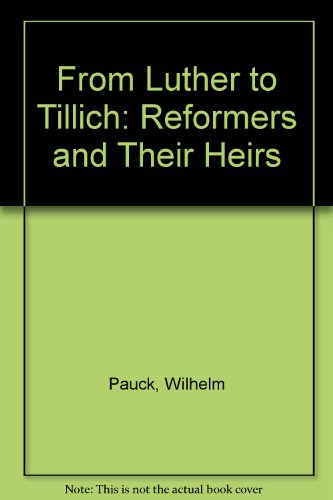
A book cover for From Luther to Tillich: The Reformers and their Heirs; Wilhelm Pauck; Christian Books & Bibles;